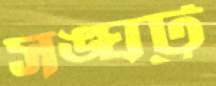
সঙ্ঘট্ট